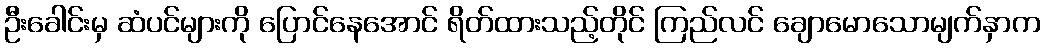
ဦးခေါင်းမှ ဆံပင်များကို ပြောင်နေအောင် ရိတ်ထားသည့်တိုင် ကြည်လင် ချောမောသောမျက်နှာက